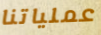
عملياتنا